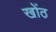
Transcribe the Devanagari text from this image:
खोंठ